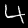
Label: 4